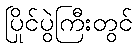
ပြိုင်ပွဲကြီးတွင်